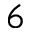
_ 6